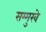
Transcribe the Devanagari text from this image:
सम्मुखे